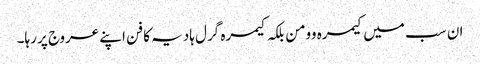
ان سب میں کیمرہ وومن بلکہ کیمرہ گرل ہادیہ کا فن اپنے عروج پر رہا۔